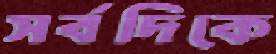
সর্বদিকে